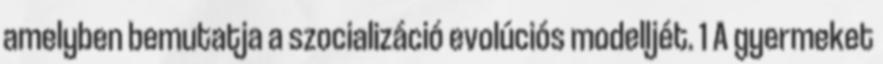
amelyben bemutatja a szocializáció evolúciós modelljét. 1 A gyermeket